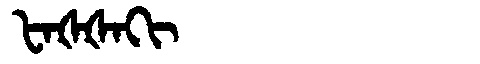
Manchu: ᡶᠠᡧᡧᠠᡴᡳ
Romanization: FAŠŠAKI